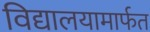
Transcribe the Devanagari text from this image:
विद्यालयामार्फत